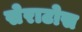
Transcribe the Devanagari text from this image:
सेराटोस